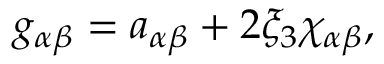
\begin{array} { r } { { g } _ { \alpha \beta } = { a } _ { \alpha \beta } + 2 \xi _ { 3 } { \chi } _ { \alpha \beta } , } \end{array}